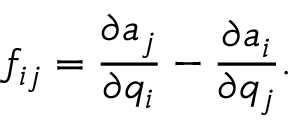
f _ { i j } = \frac { \partial a _ { j } } { \partial q _ { i } } - \frac { \partial a _ { i } } { \partial q _ { j } } .